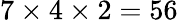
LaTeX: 7\times 4\times 2=56